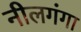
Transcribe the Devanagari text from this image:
नीलगंगा